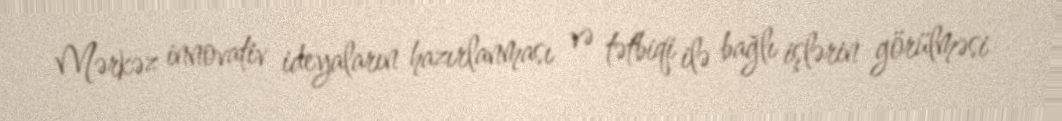
Mərkəz innovativ ideyaların hazırlanması və tətbiqi ilə bağlı işlərin görülməsi